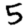
Digit: 5